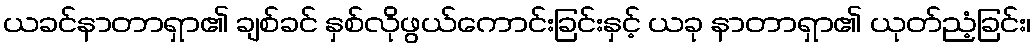
ယခင်နာတာရှာ၏ ချစ်ခင် နှစ်လိုဖွယ်ကောင်းခြင်းနှင့် ယခု နာတာရှာ၏ ယုတ်ညံ့ခြင်း၊